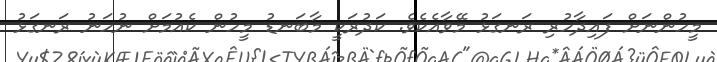
މީހުންނަށް ފައިދާހުރި ރަނގަޅު މޭވާއެކެވެ. ކަދުރަކީ މާބަނޑު މީހުން ކެއުމަށް ނުހަނު ރަނގަޅު